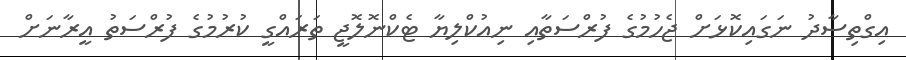
އިގްތިސާދު ނަގައިކޮޅަށް ޖެހުމުގެ ފުރްސަތާއި ނިއުކްލިޔާ ޓެކްނޮލޮޖީ ތަރައްގީ ކުރުމުގެ ފުރްސަތު އީރާނަށް